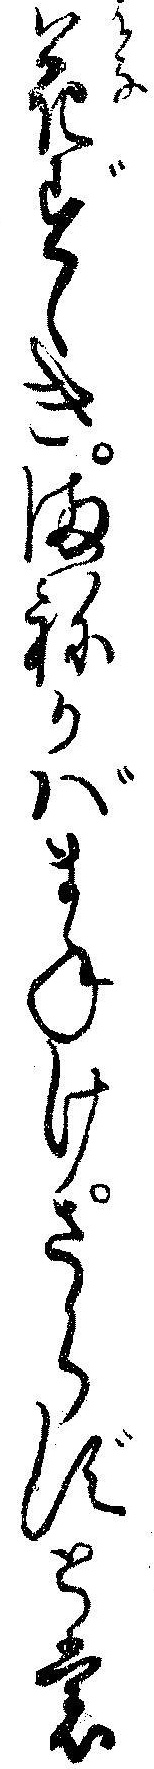
花ずゝきまねかバまねけさらずとも